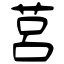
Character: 莒